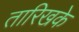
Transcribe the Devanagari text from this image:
तारिखके